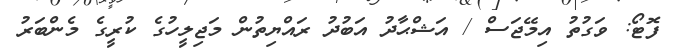
ފޮޓޯ: ވަގުތު އިމޭޖަސް / އަޝްޙާދު އަބުދު ރައްޔިތުން މަޖިލީހުގެ ކުރީގެ މެންބަރު